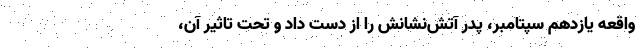
واقعه یازدهم سپتامبر، پدر آتش‌نشانش را از دست داد و تحت تاثیر آن،